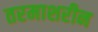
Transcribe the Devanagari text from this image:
तरमाशरीन